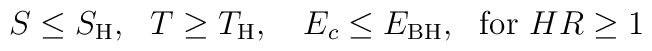
S \le S_{\rm H},~~ T \ge T_{\rm H},~~~E_c \le E_{\rm BH}, ~~{\rm for}~ HR \ge 1